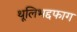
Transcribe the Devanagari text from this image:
थूलिभद्दफाग